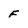
Character: f